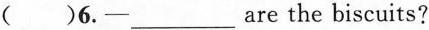
( )6.—___are the biscuits?